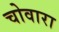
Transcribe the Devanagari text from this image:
चोवारा